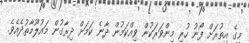
މީގެ އިތުރަށް ފޯނު ހުރި މިންވަރަކުން ވިއްކަމުން ދާނެ ކަމަށް ދިރާގުން މައުލޫމާތުދެއެވެ.